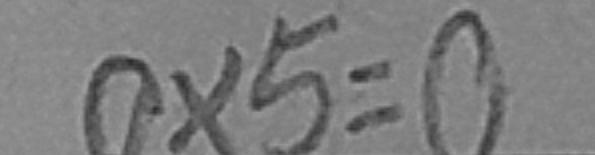
0 \times 5 = 0